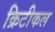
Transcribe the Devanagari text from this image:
क्रिटीकल